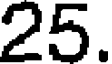
25.